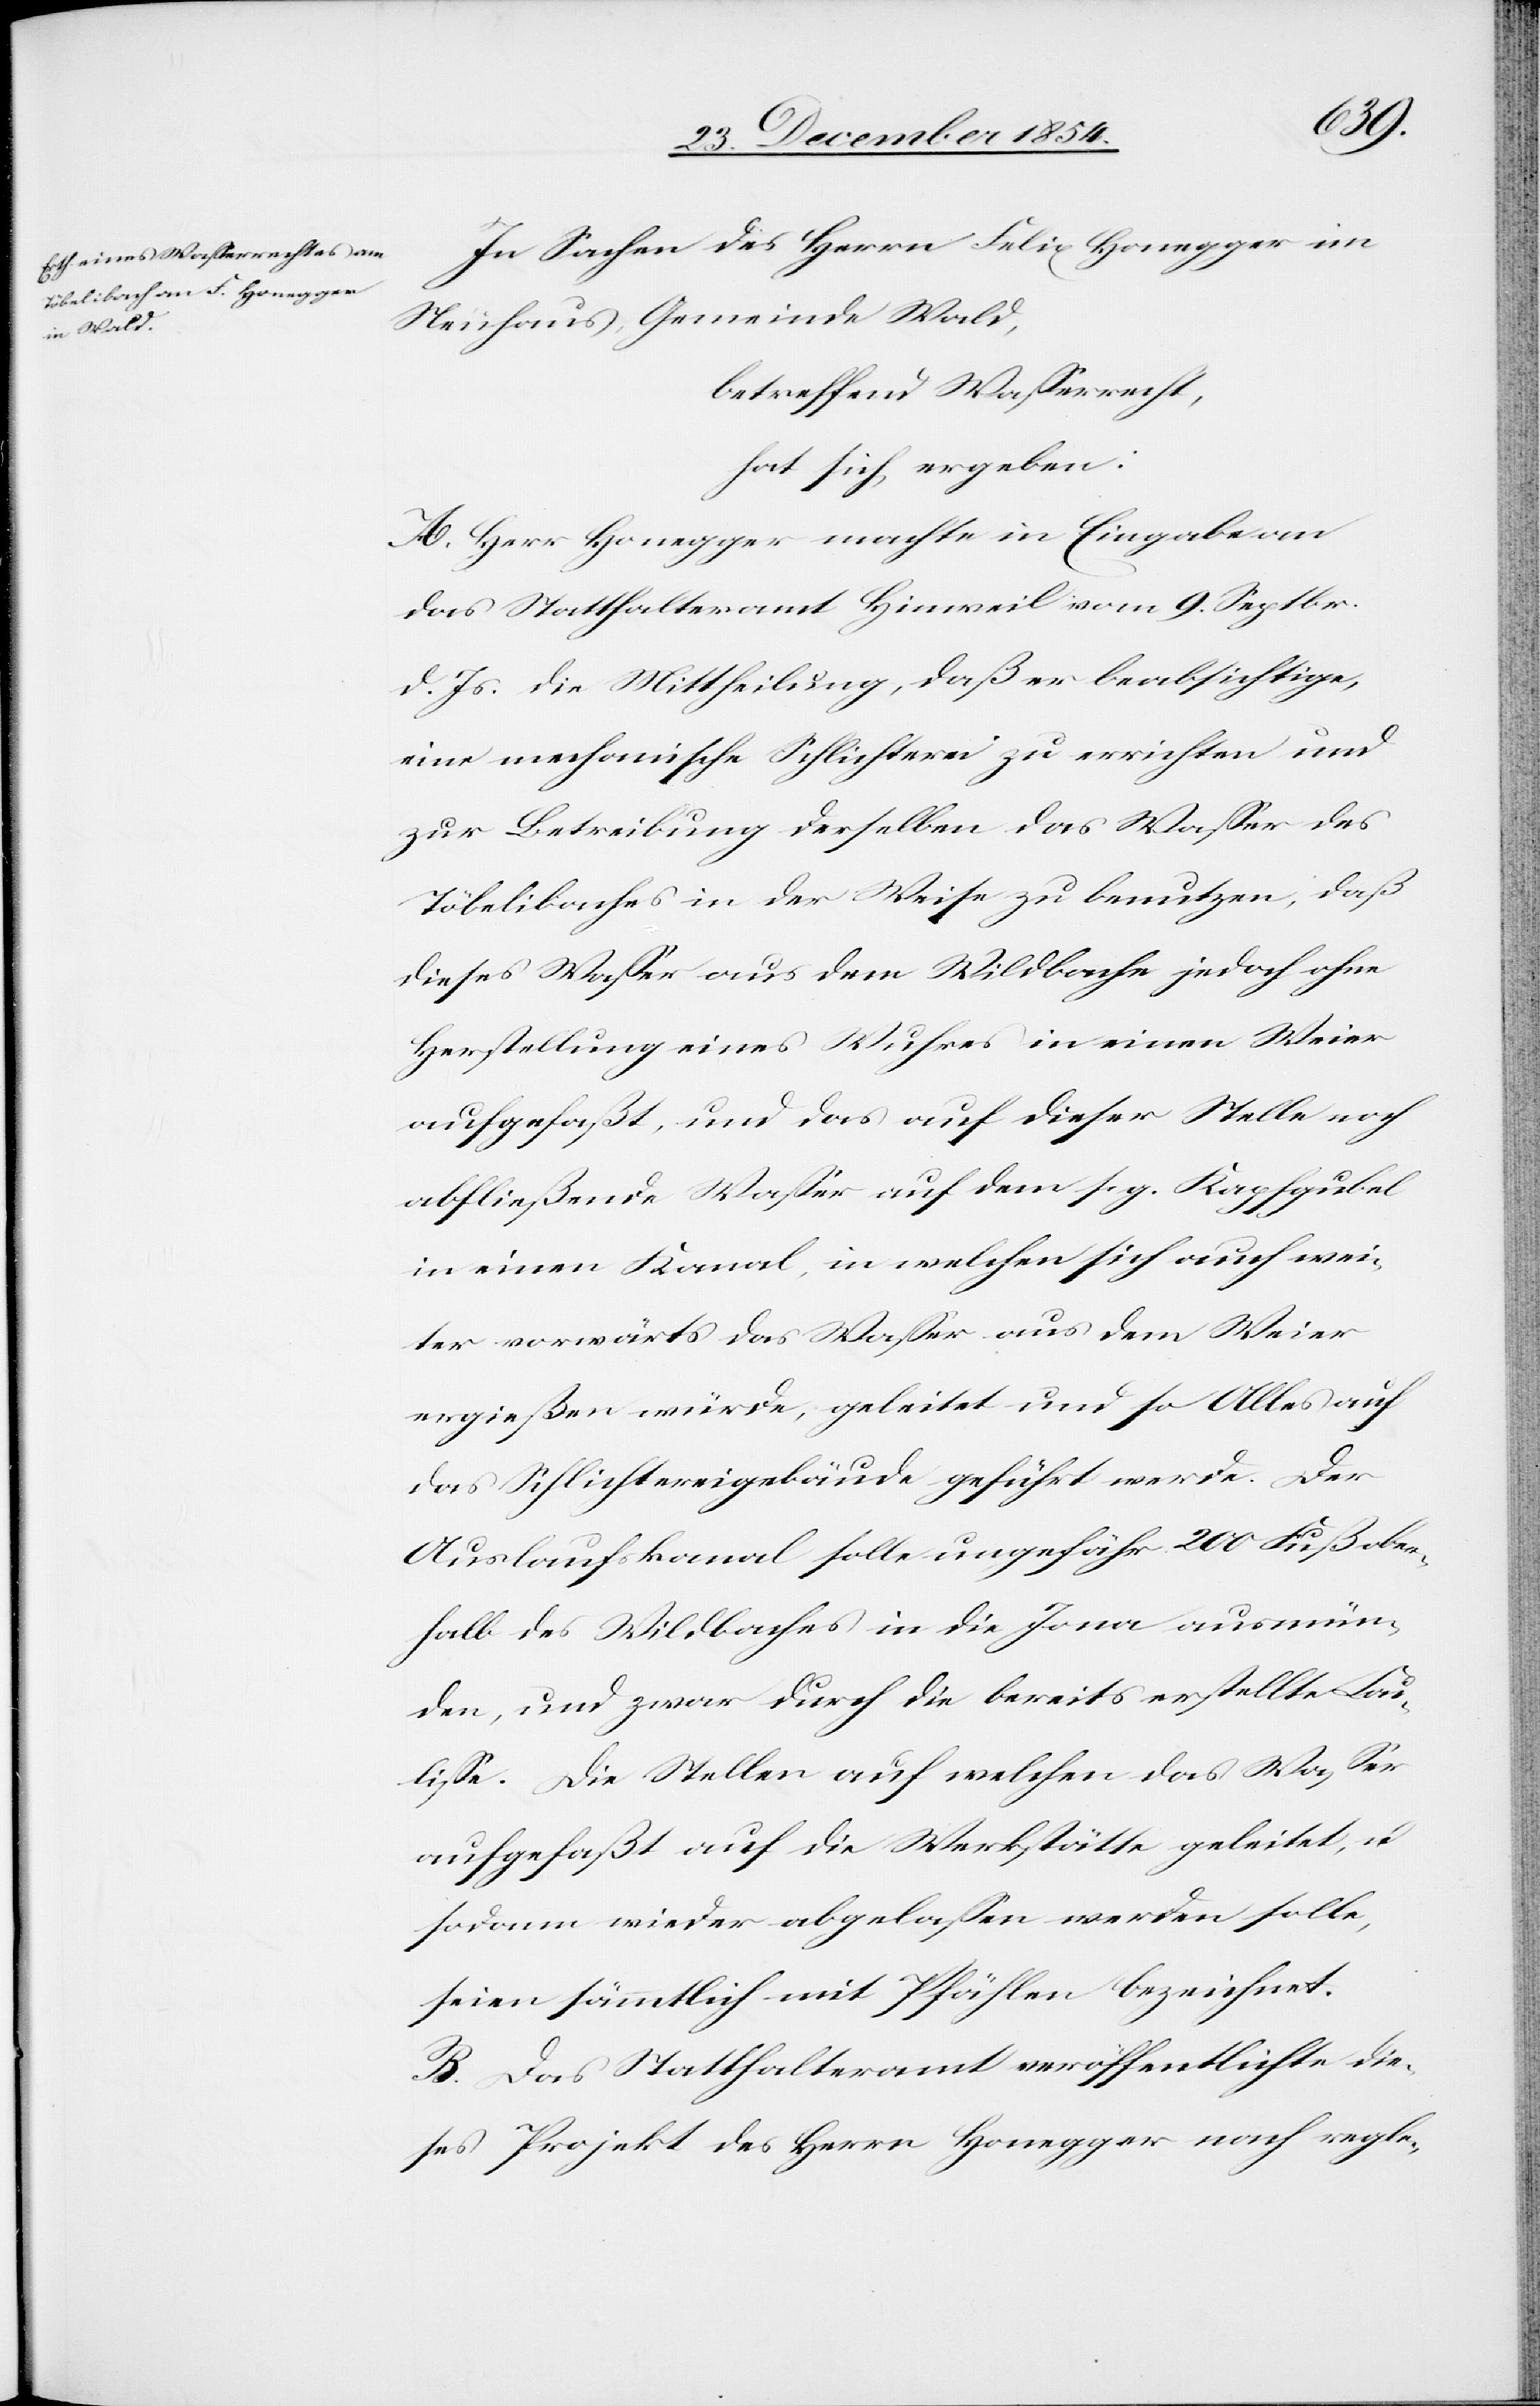
In Sachen des Herrn Felix Honegger im
Neuhaus, Gemeinde Wald,
betreffend Waßerrecht,
hat sich ergeben:
A. Herr Honegger machte in Eingabe an
das Statthalteramt Hinweil vom 9. Septbr.
d. Js. die Mittheilung, daß er beabsichtige,
eine mechanische Schlichterei zu errichten und
zur Betreibung derselben das Waßer des
Töbelibaches in der Weise zu benutzen, daß
dieses Waßer aus dem Wildbache jedoch ohne
Herstellung eines Wuhres in einen Weier
aufgefaßt, und das auf dieser Stelle noch
abfließende Waßer auf dem s. g. Kapfgubel
in einen Kanal, in welchen sich auch wei¬
ter vorwärts das Waßer aus dem Weier
ergießen würde, geleitet und so Alles auf
das Schlichtereigebäude geführt werde. Der
Auslaufkanal sollte ungefähr 200 Fuß ober¬
halb des Wildbaches in die Jona ausmün¬
den, und zwar durch die bereits erstellte Cou¬
liße. Die Stellen auf welchen das Waßer
aufgefaßt auf die Werkstätte geleitet, u.
sodann wieder abgelaßen werden solle,
seien sämmtlich mit Pfählen bezeichnet.
B. Das Statthalteramt veröffentlichte die¬
ses Projekt des Herrn Honegger nach regle-